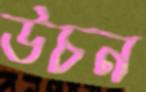
উচন